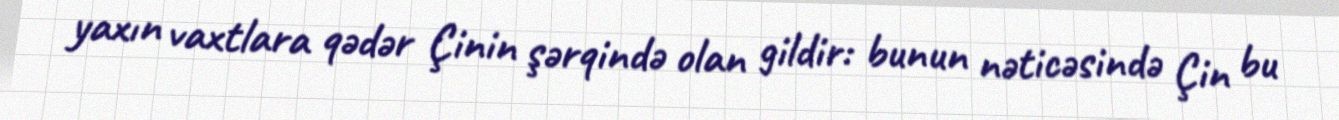
yaxın vaxtlara qədər Çinin şərqində olan gildir: bunun nəticəsində Çin bu